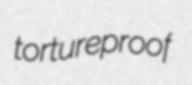
tortureproof